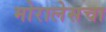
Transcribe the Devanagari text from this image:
मोरालेसचा